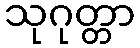
သုဂုတ္တာ